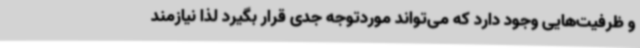
و ظرفیت‌هایی وجود دارد که می‌تواند موردتوجه جدی قرار بگیرد لذا نیازمند